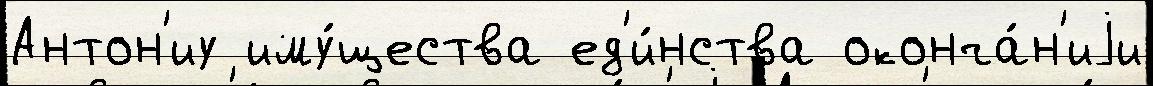
Антон'иу иму́щества ед'и́нства оконча́н'иjи